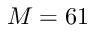
M = 6 1